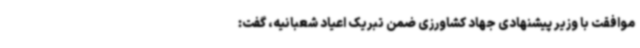
موافقت با وزیر پیشنهادی جهاد کشاورزی ضمن تبریک اعیاد شعبانیه، گفت: